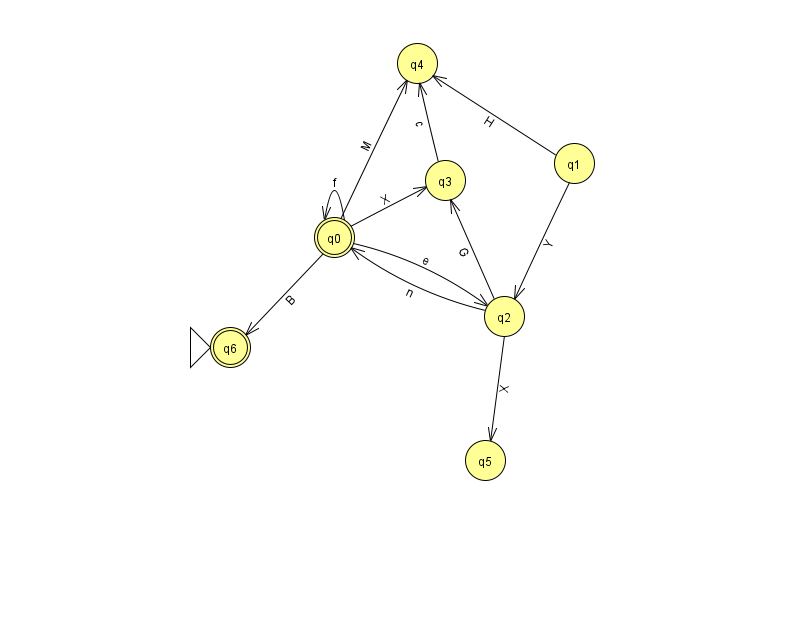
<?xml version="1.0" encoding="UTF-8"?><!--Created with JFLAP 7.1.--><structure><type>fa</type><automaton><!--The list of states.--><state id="0" name="q0"><x>334.0</x><y>224.0</y><final/></state><state id="1" name="q1"><x>574.0</x><y>150.0</y></state><state id="2" name="q2"><x>504.0</x><y>303.0</y></state><state id="3" name="q3"><x>445.0</x><y>167.0</y></state><state id="4" name="q4"><x>417.0</x><y>50.0</y></state><state id="5" name="q5"><x>485.0</x><y>447.0</y></state><state id="6" name="q6"><x>230.0</x><y>334.0</y><initial/><final/></state><!--The list of transitions.--><transition><from>2</from><to>3</to><read>G</read></transition><transition><from>2</from><to>5</to><read>X</read></transition><transition><from>2</from><to>0</to><read>n</read></transition><transition><from>0</from><to>3</to><read>X</read></transition><transition><from>3</from><to>4</to><read>c</read></transition><transition><from>0</from><to>0</to><read>f</read></transition><transition><from>0</from><to>4</to><read>M</read></transition><transition><from>0</from><to>6</to><read>B</read></transition><transition><from>1</from><to>2</to><read>Y</read></transition><transition><from>1</from><to>4</to><read>H</read></transition><transition><from>0</from><to>2</to><read>e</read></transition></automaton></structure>